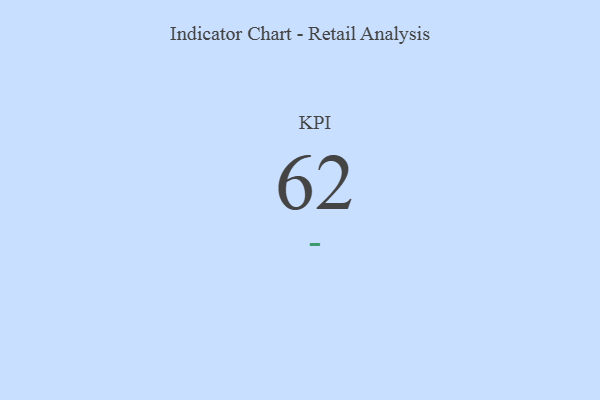
{"axis": {"x": "KPI", "y": "Value"}, "legend": [""], "data": [{"x": "KPI", "y": 62, "type": ""}]}